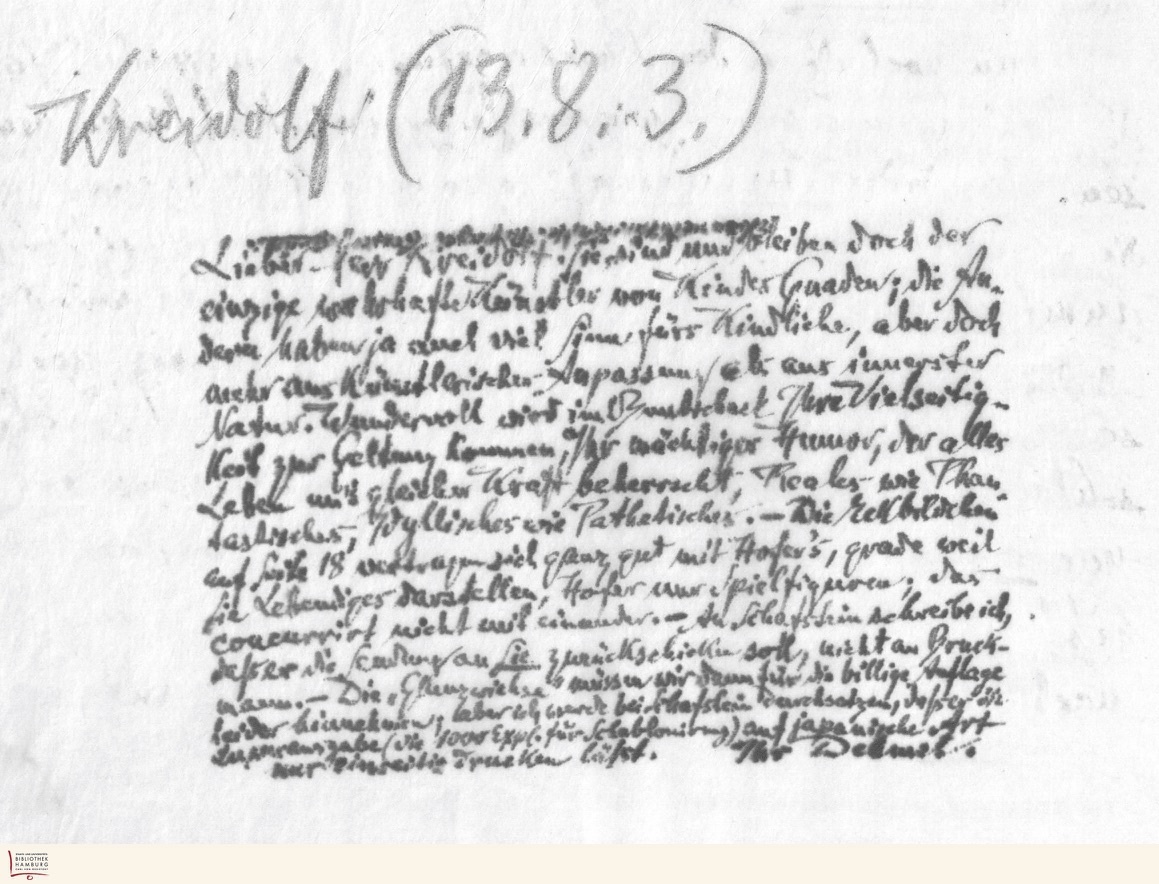
Kreidolf (13.8.3.)

Lieber Herr Kreidolf. Sie sind und bleiben doch der
einzige wahrhafte Künstler von Kinders Gnaden; die An-
deren haben ja auch viel Sinn fürs Kindliche, aber doch
mehr aus künstlerischer Anoassung als aus innerster
Natur. Wundervoll wird im Buntscheck Ihre Vielseitig-
keit zur Geltung kommen, Ihr mächtiger Humor, der alles
Leben mit gleicher Kraft beherrscht, Reales wie Phan-
tastisches, Idyllisches wie Pathetisches. - Die
auf Seite 18 vertragen sich ganz gut mit Hofer's grade weil
Sie Lebendiges darstellen, Hofer nur Spielfiguren, das
concurrirt nicht miteinander. An Schafstein schreibe ich,
daß er die Sendung an Sie zurückschicken soll, nicht an Bruck-
mann. - Die „Glanzwichse" müssen wir dann für die billige Auflage
leider hinnehmen; aber ich werde bei Schafstein durchsetzen, daß er die
Xausgabe (die 1000 Expl. für Schablonirung) auf japanische Art
nur einseitig drucken läßt.
Ihr Dehmel.